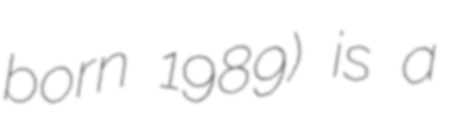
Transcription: born 1989) is a